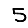
Digit: 5